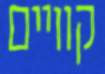
קוויים